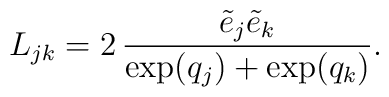
L_{jk}=2 \,\frac{\tilde{e}_{j}\tilde{e}_{k}}{\exp(q_{j})+\exp(q_{k})}.